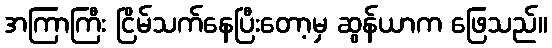
အကြာကြီး ငြိမ်သက်နေပြီးတော့မှ ဆွန်ယာက ဖြေသည်။